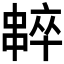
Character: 𠁸